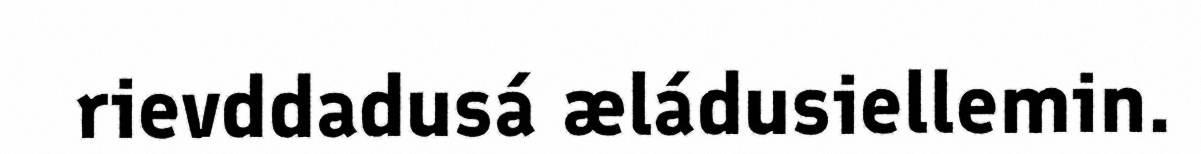
rievddadusá æládusiellemin.